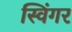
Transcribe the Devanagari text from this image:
स्विंगर